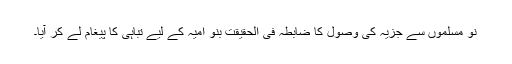
نو مسلموں سے جزیہ کی وصول کا ضابطہ فی الحقیقت بنو امیہ کے لیے تباہی کا پیغام لے کر آیا۔